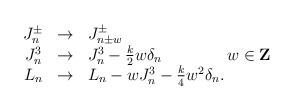
LaTeX: \begin{align*}\begin{array}{ccl}J^\pm_n & \rightarrow & J^\pm_{n\pm w}\\J^3_n & \rightarrow & J^3_n -{k\over 2} w \delta_n \qquad \qquad w \in {\bf Z}\\L_n & \rightarrow & L_n - w J^3_n -{k\over 4} w^2 \delta_n.\end{array}\end{align*}